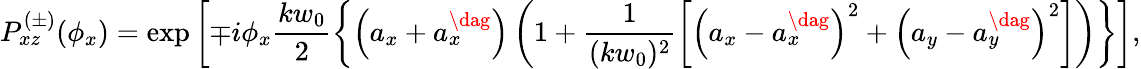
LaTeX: P_{xz}^{(\pm)}(\phi_{x})=\exp\left[\mp i\phi_{x}\frac{kw_{0}}{2}\left\{ \left(a_{x}+a_{x}^{\dag}\right)\left(1+\frac{1}{(kw_{0})^{2}}\left[\left(a_{x}-a_{x}^{\dag}\right)^{2}+\left(a_{y}-a_{y}^{\dag}\right)^{2}\right]\right)\right\} \right],